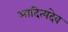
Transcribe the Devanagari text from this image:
आदित्यदेव